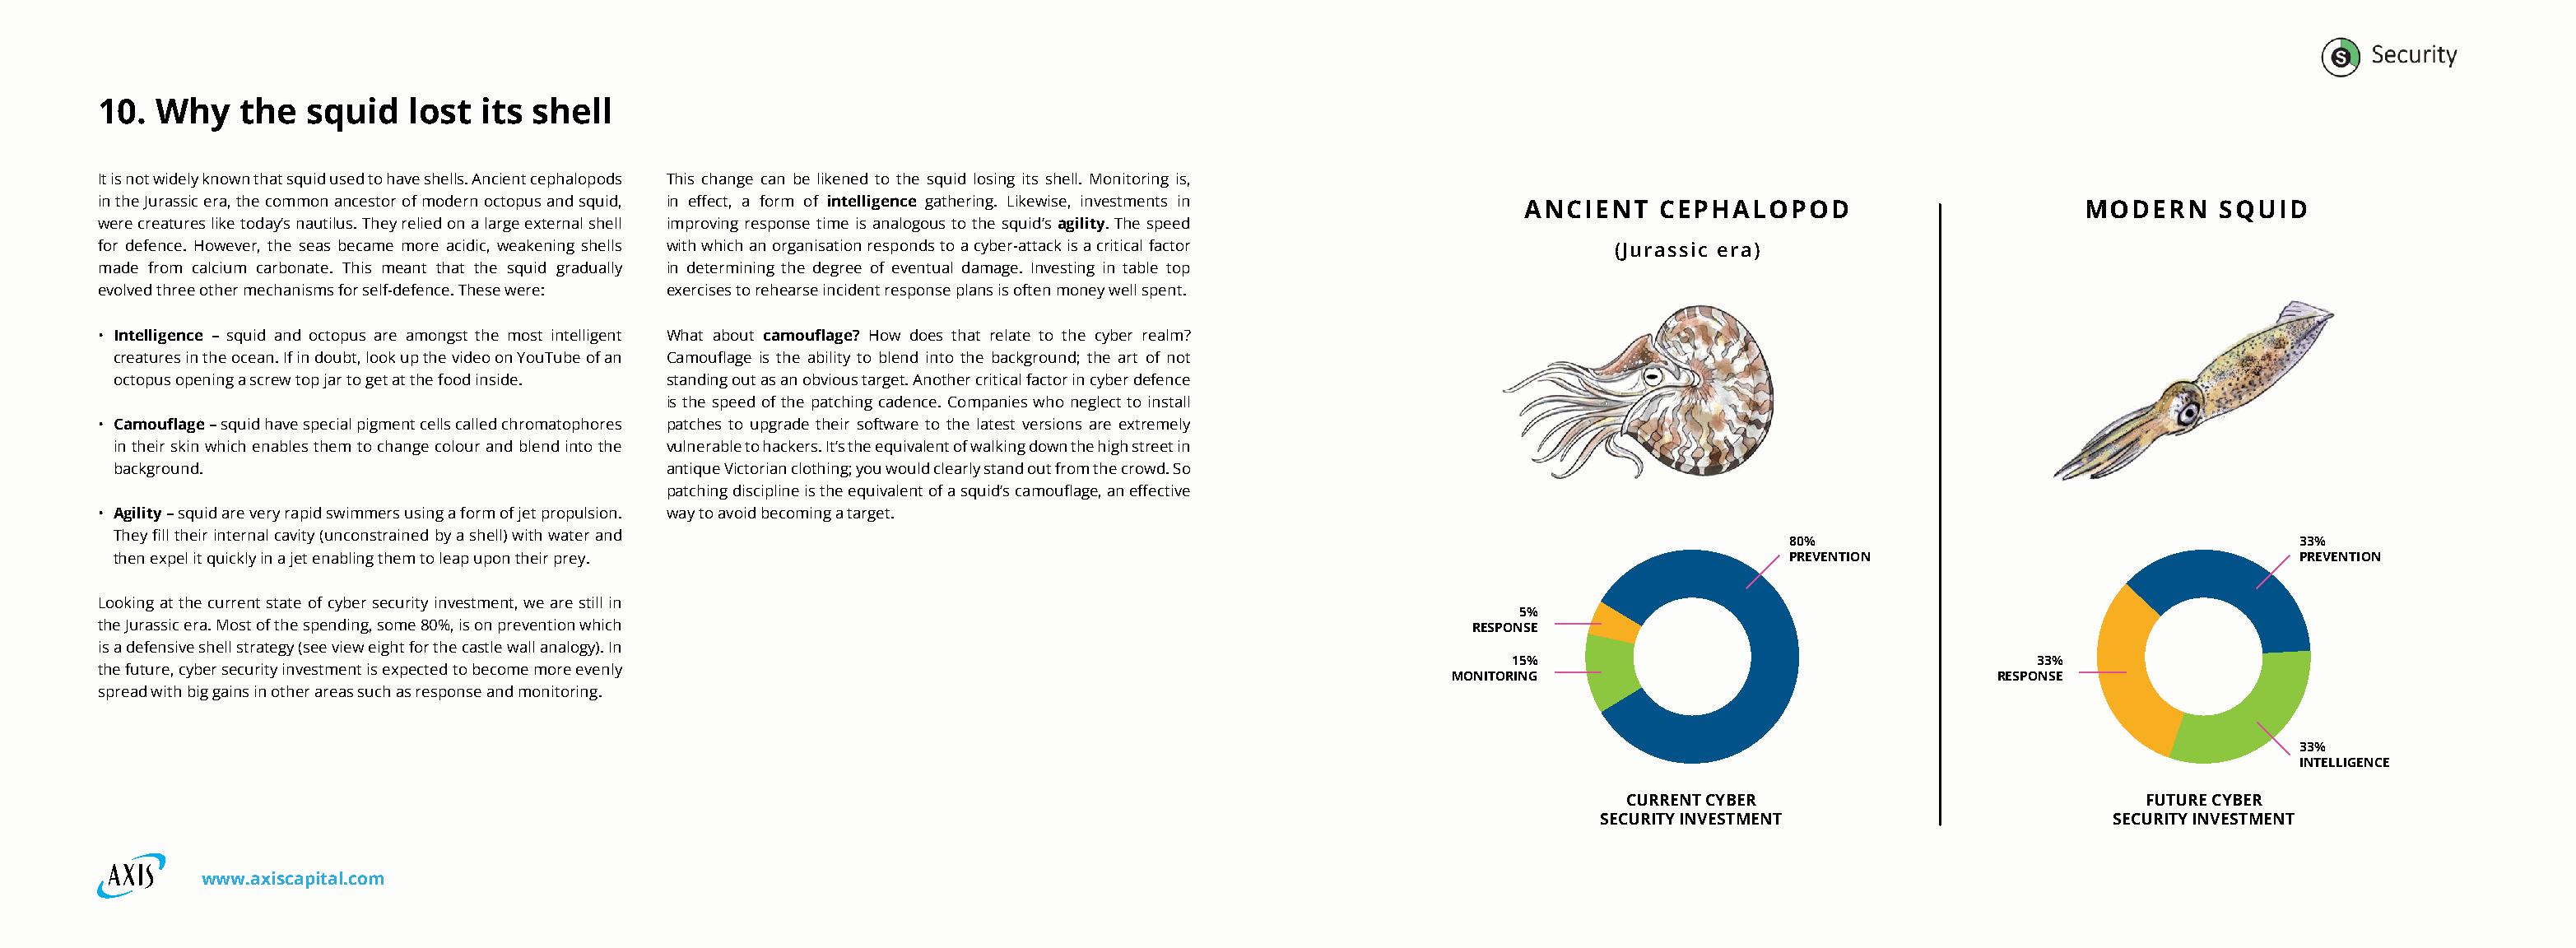
10.  Why   the   squid   lost  its shell
 It is not widely known that squid used to have shells. Ancient cephalopods This change can be likened to the squid losing its shell. Monitoring is,
 in the Jurassic era, the common ancestor of modern octopus and squid, in effect, a form of intelligence gathering. Likewise, investments in
 ANCIENT    CEPHALOPOD                        MODERN     SQUID
 were creatures like today’s nautilus. They relied on a large external shell improving response time is analogous to the squid’s agility. The speed
 for defence. However, the seas became more acidic, weakening shells with which an organisation responds to a cyber-attack is a critical factor (Jurassic era)
 made from calcium carbonate. This meant that the squid gradually in determining the degree of eventual damage. Investing in table top
 evolved three other mechanisms for self-defence. These were: exercises to rehearse incident response plans is often money well spent.
 • Intelligence – squid and octopus are amongst the most intelligent What about camouflage? How does that relate to the cyber realm?
 creatures in the ocean. If in doubt, look up the video on YouTube of an Camouflage is the ability to blend into the background; the art of not
 octopus opening a screw top jar to get at the food inside. standing out as an obvious target. Another critical factor in cyber defence
 is the speed of the patching cadence. Companies who neglect to install
 • Camouflage – squid have special pigment cells called chromatophores patches to upgrade their software to the latest versions are extremely
 in their skin which enables them to change colour and blend into the vulnerable to hackers. It’s the equivalent of walking down the high street in
 background.                                  antique Victorian clothing; you would clearly stand out from the crowd. So
 patching discipline is the equivalent of a squid’s camouflage, an effective
 • Agility – squid are very rapid swimmers using a form of jet propulsion. way to avoid becoming a target.
 They fill their internal cavity (unconstrained by a shell) with water and
 80%                                      33%
 then expel it quickly in a jet enabling them to leap upon their prey.                                                                  PREVENTION                               PREVENTION
 Looking at the current state of cyber security investment, we are still in
 5%
 the Jurassic era. Most of the spending, some 80%, is on prevention which                                      RESPONSE
 is a defensive shell strategy (see view eight for the castle wall analogy). In
 15%                                       33%
 the future, cyber security investment is expected to become more evenly
 MONITORING                                  RESPONSE
 spread with big gains in other areas such as response and monitoring.
 33%
 INTELLIGENCE
 CURRENT CYBER                             FUTURE CYBER
 SECURITY INVESTMENT                      SECURITY INVESTMENT
 www.axiscapital.com